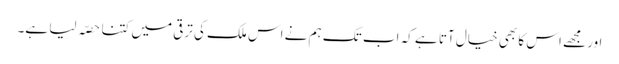
اور مجھے اس کا بھی خیال آتا ہے کہ اب تک ہم نے اس ملک کی ترقی میں کتنا حصّہ لیا ہے۔